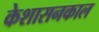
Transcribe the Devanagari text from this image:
केशासनकाल